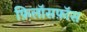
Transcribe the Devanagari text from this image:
फ़िलॉसफ़ॉस